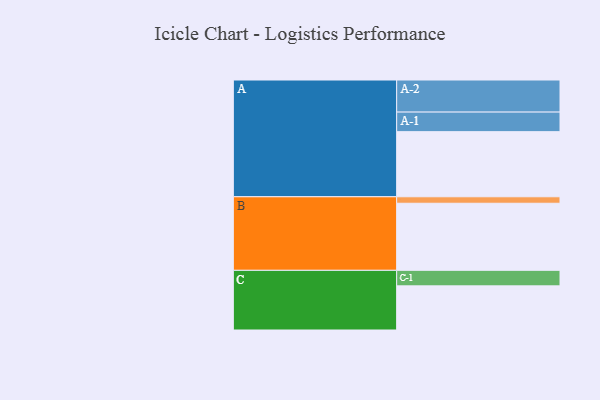
{"axis": {"x": "Segment", "y": "Value"}, "legend": ["", "A", "B", "C"], "data": [{"x": "A", "y": 562, "type": ""}, {"x": "B", "y": 579, "type": ""}, {"x": "C", "y": 381, "type": ""}, {"x": "A-1", "y": 169, "type": "A"}, {"x": "A-2", "y": 277, "type": "A"}, {"x": "B-1", "y": 56, "type": "B"}, {"x": "C-1", "y": 134, "type": "C"}]}